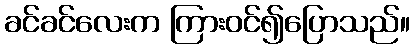
ခင်ခင်လေးက ကြားဝင်၍ပြောသည်။